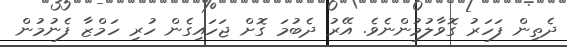
ދެތިން ފަހަރު ގޮވާލުމުންނެވެ. އޭރު ދެބުމަ ގޮށް ޖަހައިގެން ހުރި ހަމްޒާ ފެނުމުން